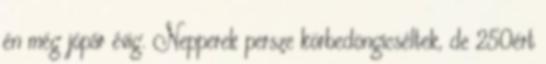
én még jópár évig. Nepperek persze körbedöngicséltek, de 250ért